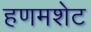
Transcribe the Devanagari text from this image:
हणमशेट